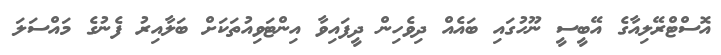
އޮސްޓްރޭލިއާގެ އޭބީސީ ނޫހުގައި ބައެއް ދިވެހިން ދީފައިވާ އިންޓަވިއުތަކަށް ބަލާއިރު ފެނުގެ މައްސަލަ